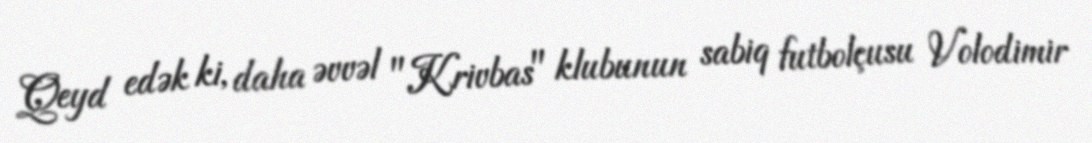
Qeyd edək ki, daha əvvəl "Krivbas" klubunun sabiq futbolçusu Volodimir